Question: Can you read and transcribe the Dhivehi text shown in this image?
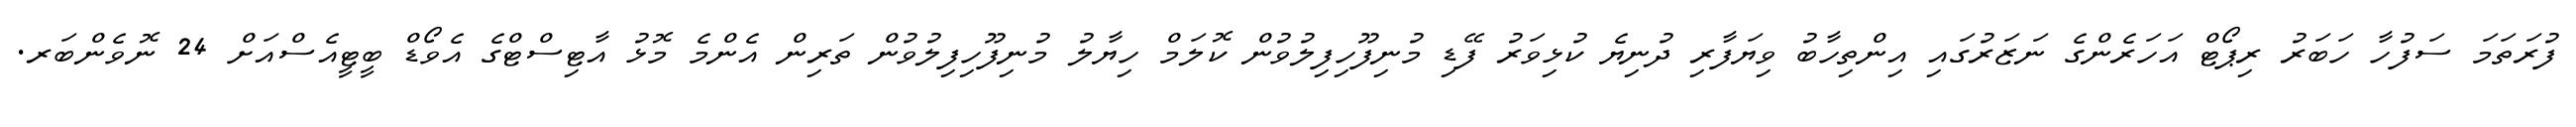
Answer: ފުރަތަމަ ސަފުހާ ހަބަރު ރިޕޯޓް އަހަރެންގެ ނަޒަރުގައި އިންތިހާބު ވިޔަފާރި ދުނިޔެ ކުޅިވަރު ފޭޑި މުނިފޫހިފިލުވުން ކޮލަމް ހިޔާލު މުނިފޫހިފިލުވުން ތަރިން އެންމެ މޮޅު އާޓިސްޓްގެ އެވޯޑް ބީޓީއެސްއަށް 24 ނޮވެންބަރ.